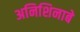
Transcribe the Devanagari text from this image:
अनिशिनाबे